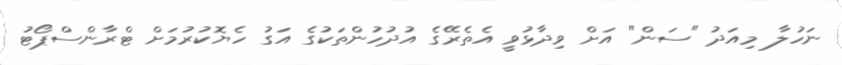
ނަހުލާ މިއަދު "ސަން" އަށް ވިދާޅުވީ އެތެރޭގެ އުދުހުންތަކުގެ އަގު ހެޔޮކުރުމަށް ޓްރާންސްޕޯޓު